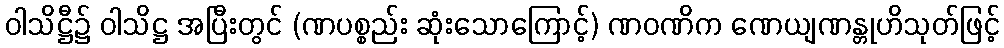
ဝါသိဋ္ဌီ၌ ဝါသိဋ္ဌ အပြီးတွင် (ဏပစ္စည်း ဆုံးသောကြောင့်) ဏဝဏိက ဏေယျဏန္တုဟိသုတ်ဖြင့်